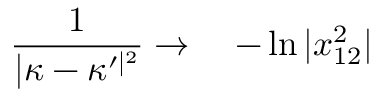
\frac { 1 } { \vert \kappa - \kappa ^ { \prime \vert ^ { 2 } } } \rightarrow \ \ \ - \ln \vert x _ { 1 2 } ^ { 2 } \vert